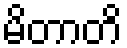
မိတာတိ